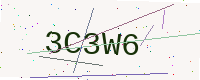
Text: 3C3W6